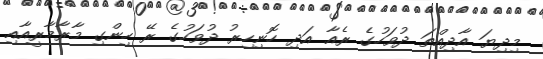
މިދިޔަ އާދިއްތަ ދުވަހުގެ ރެއާ އަދި ހޮނިހިރު ދުވަހުގެ ރޭ ހިންގި މާރާމާރީއާއި